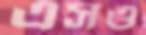
এসও